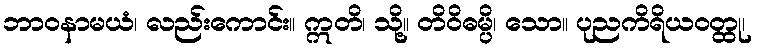
ဘာဝနာမယံ၊ လည်းကောင်း။ ဣတိ၊ သို့။ တိဝိဓမ္ပိ၊ သော။ ပုညကိရိယဝတ္ထု၊